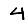
Digit: 4